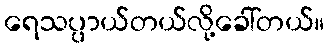
ရေသပ္ပာယ်တယ်လို့ခေါ်တယ်။